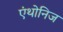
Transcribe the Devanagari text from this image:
एंथोनिज